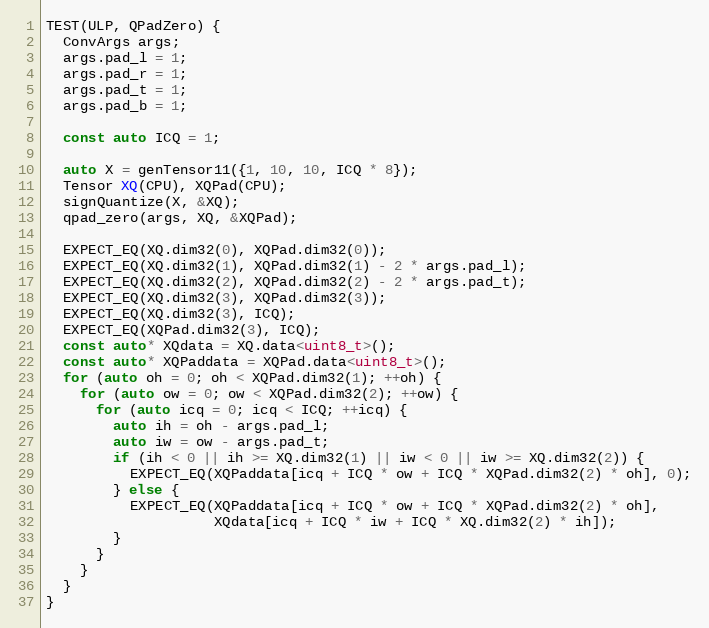
Language: C++
TEST(ULP, QPadZero) {
  ConvArgs args;
  args.pad_l = 1;
  args.pad_r = 1;
  args.pad_t = 1;
  args.pad_b = 1;

  const auto ICQ = 1;

  auto X = genTensor11({1, 10, 10, ICQ * 8});
  Tensor XQ(CPU), XQPad(CPU);
  signQuantize(X, &XQ);
  qpad_zero(args, XQ, &XQPad);

  EXPECT_EQ(XQ.dim32(0), XQPad.dim32(0));
  EXPECT_EQ(XQ.dim32(1), XQPad.dim32(1) - 2 * args.pad_l);
  EXPECT_EQ(XQ.dim32(2), XQPad.dim32(2) - 2 * args.pad_t);
  EXPECT_EQ(XQ.dim32(3), XQPad.dim32(3));
  EXPECT_EQ(XQ.dim32(3), ICQ);
  EXPECT_EQ(XQPad.dim32(3), ICQ);
  const auto* XQdata = XQ.data<uint8_t>();
  const auto* XQPaddata = XQPad.data<uint8_t>();
  for (auto oh = 0; oh < XQPad.dim32(1); ++oh) {
    for (auto ow = 0; ow < XQPad.dim32(2); ++ow) {
      for (auto icq = 0; icq < ICQ; ++icq) {
        auto ih = oh - args.pad_l;
        auto iw = ow - args.pad_t;
        if (ih < 0 || ih >= XQ.dim32(1) || iw < 0 || iw >= XQ.dim32(2)) {
          EXPECT_EQ(XQPaddata[icq + ICQ * ow + ICQ * XQPad.dim32(2) * oh], 0);
        } else {
          EXPECT_EQ(XQPaddata[icq + ICQ * ow + ICQ * XQPad.dim32(2) * oh],
                    XQdata[icq + ICQ * iw + ICQ * XQ.dim32(2) * ih]);
        }
      }
    }
  }
}